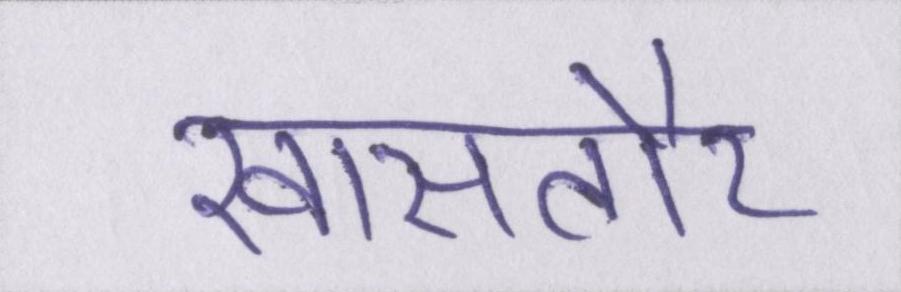
खासतौर